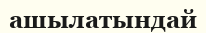
ашылатындай